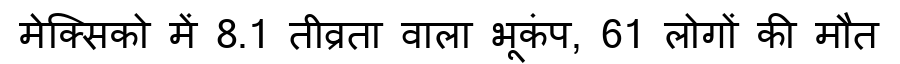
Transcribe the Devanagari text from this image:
मेक्सिको में 8.1 तीव्रता वाला भूकंप, 61 लोगों की मौत